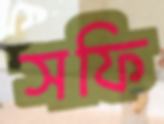
সফি